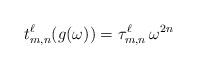
LaTeX: \begin{align*}t^\ell_{m,n}(g(\omega)) = \mathfrak{\tau}^\ell_{m,n}\, \omega^{2n}\end{align*}